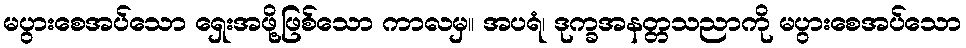
မပွားစေအပ်သော ရှေးအဖို့ဖြစ်သော ကာလမှ။ အပရံ၊ ဒုက္ခအနတ္တသညာကို မပွားစေအပ်သော